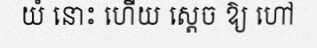
យំ នោះ ហើយ ស្តេច ឱ្យ ហៅ